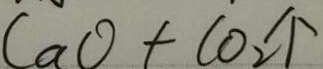
C a 0 + C 0 _ { 2 } \uparrow